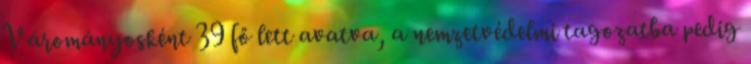
Várományosként 39 fő lett avatva, a nemzetvédelmi tagozatba pedig